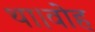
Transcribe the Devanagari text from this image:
था।वोह